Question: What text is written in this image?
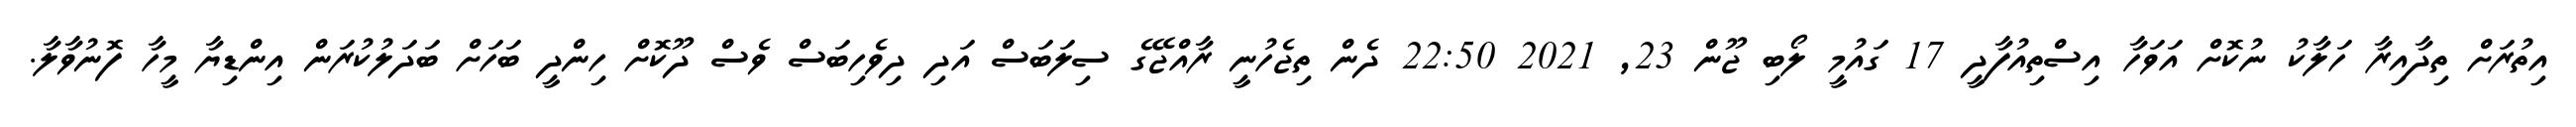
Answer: އިތުރަށް ތިދާއިރާ ހަލާކު ނުކޮށް އަވަހާ އިސްތިއުފާދީ 17 ގައުމީ ލޯބި ޖޫން 23, 2021 22:50 ދެން ތިޖެހުނީ ރާއްޖޭގެ ސިލަބަސް އަދި ދިވެހިބަސް ވެސް ދޫކޮށް ހިންދީ ބަހަށް ބަދަލުކުރަން އިންޑިޔާ މީހާ ފޮނުވާލާ.